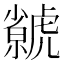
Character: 𧈅